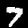
Label: 7